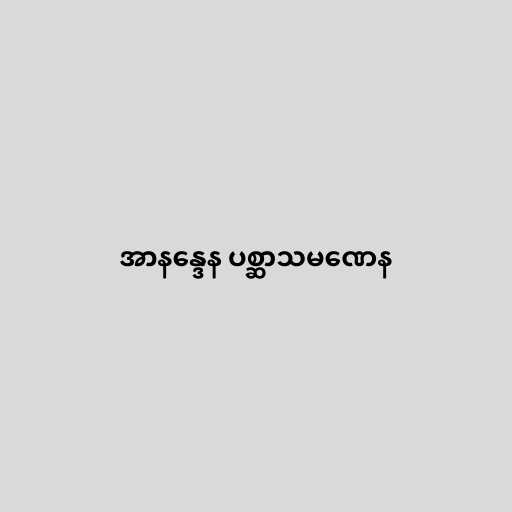
အာနန္ဒေန ပစ္ဆာသမဏေန